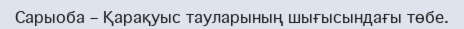
Сарыоба – Қарақуыс тауларының шығысындағы төбе.